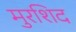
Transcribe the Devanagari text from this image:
मुरशिद